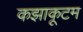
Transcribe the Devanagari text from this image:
कझाकूटम